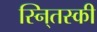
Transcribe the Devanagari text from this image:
स्नि्तस्की